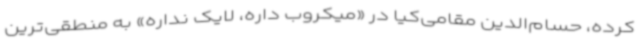
کرده، حسام‌الدین مقامی‌کیا در «میکروب داره، لایک نداره» به منطقی‌ترین